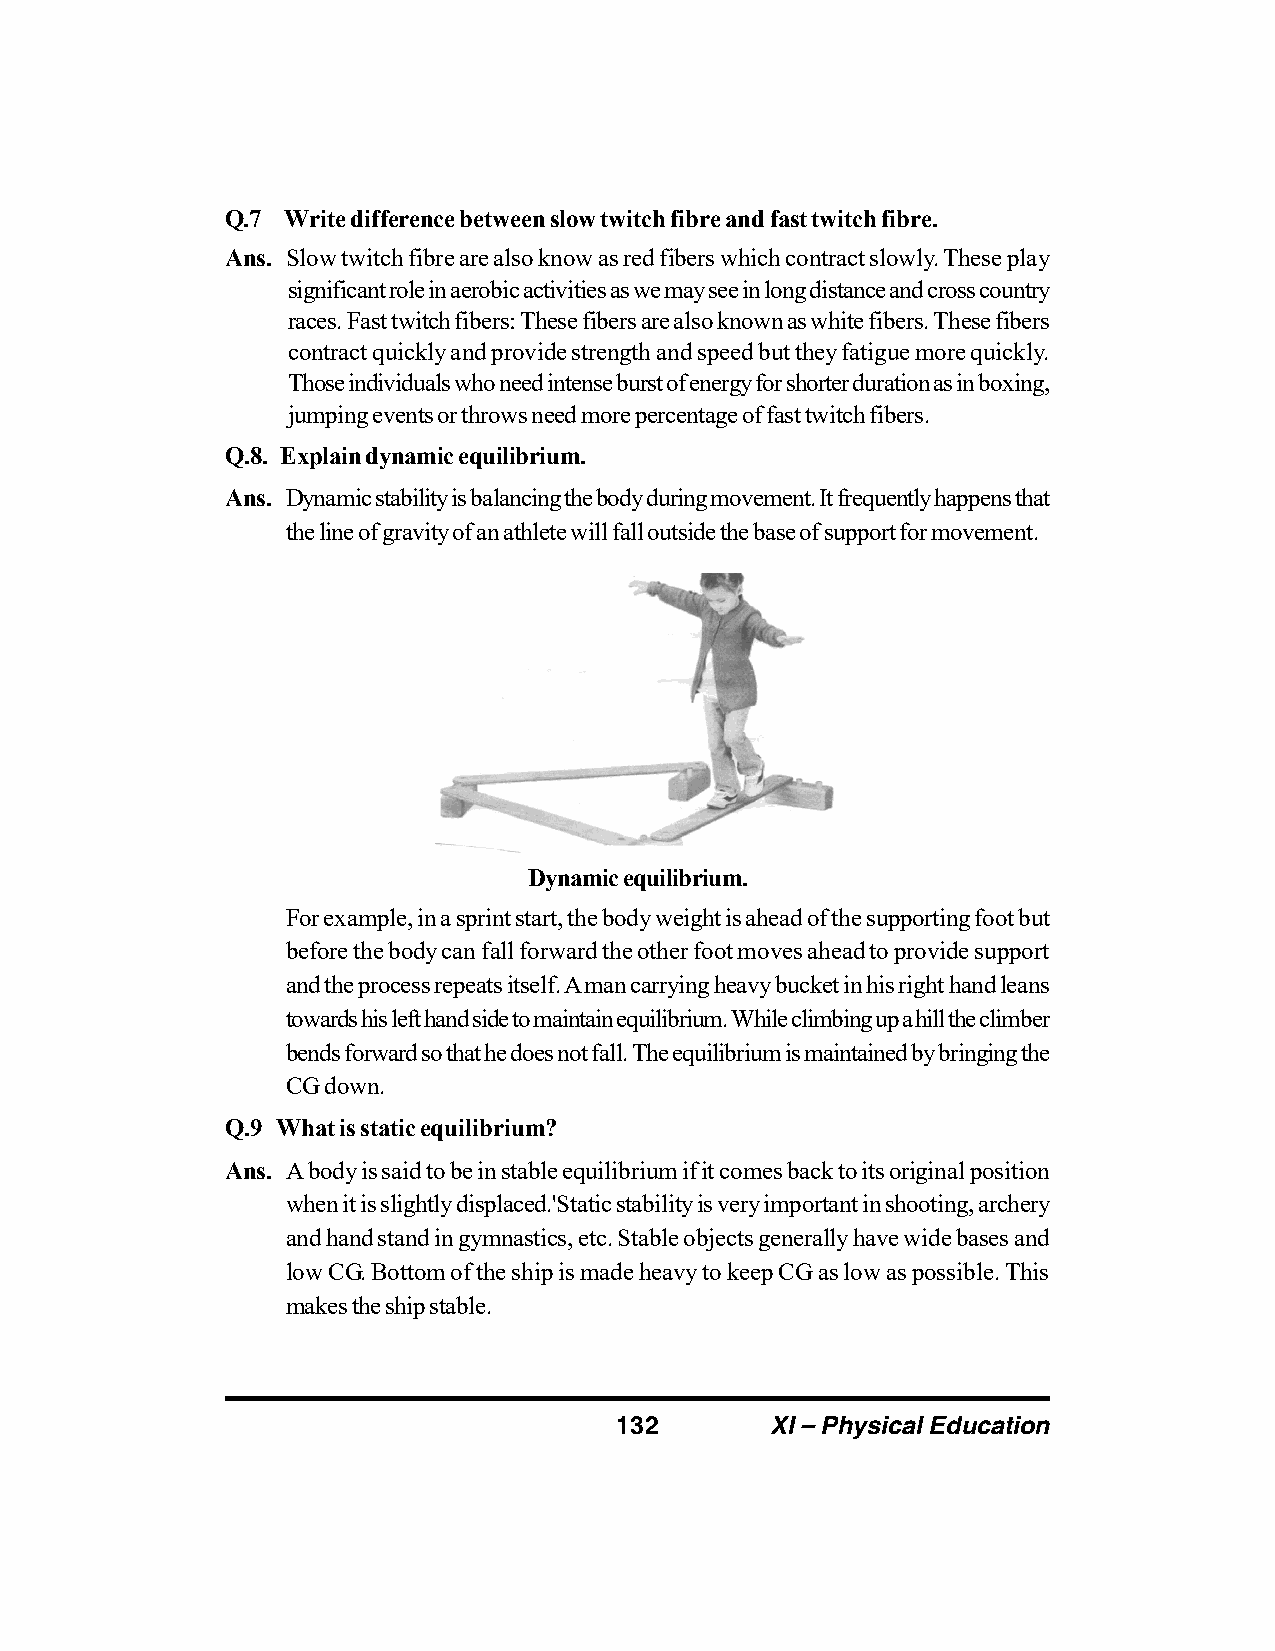
Q.7 Write difference between slow twitch fibre and fast twitch fibre.
 Ans. Slow twitch fibre are also know as red fibers which contract slowly. These play
 significant role in aerobic activities as we may see in long distance and cross country
 races. Fast twitch fibers: These fibers are also known as white fibers. These fibers
 contract quickly and provide strength and speed but they fatigue more quickly.
 Those individuals who need intense burst of energy for shorter duration as in boxing,
 jumping events or throws need more percentage of fast twitch fibers.
 Q.8. Explain dynamic equilibrium.
 Ans. Dynamic stability is balancing the body during movement. It frequently happens that
 the line of gravity of an athlete will fall outside the base of support for movement.
 Dynamic equilibrium.
 For example, in a sprint start, the body weight is ahead of the supporting foot but
 before the body can fall forward the other foot moves ahead to provide support
 and the process repeats itself. A man carrying heavy bucket in his right hand leans
 towards his left hand side to maintain equilibrium. While climbing up a hill the climber
 bends forward so that he does not fall. The equilibrium is maintained by bringing the
 CG down.
 Q.9 What is static equilibrium?
 Ans. A body is said to be in stable equilibrium if it comes back to its original position
 when it is slightly displaced.'Static stability is very important in shooting, archery
 and hand stand in gymnastics, etc. Stable objects generally have wide bases and
 low CG. Bottom of the ship is made heavy to keep CG as low as possible. This
 makes the ship stable.
 132       XI – Physical Education